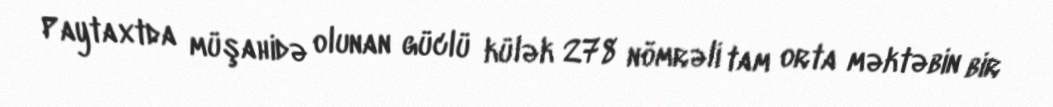
Paytaxtda müşahidə olunan güclü külək 278 nömrəli tam orta məktəbin bir